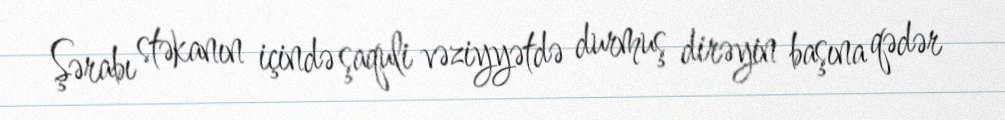
Şərabı stəkanın içində şaquli vəziyyətdə durmuş dirəyin başına qədər